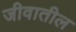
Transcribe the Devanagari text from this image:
जीवातील